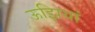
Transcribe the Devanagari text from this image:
ऊझियां